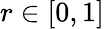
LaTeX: r\in[0,1]